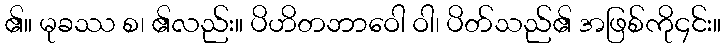
၏။ မုခဿ စ၊ ၏လည်း။ ပိဟိတဘာဝေါ ဝါ၊ ပိတ်သည်၏ အဖြစ်ကို၄င်း။